Piroplasma canis and its life cycle in the tick - Number 29
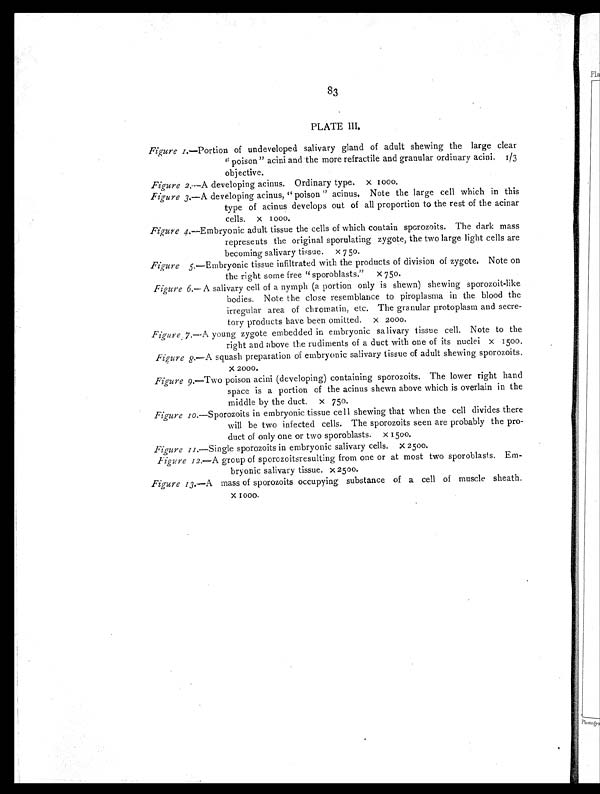
83
PLATE III.
Figure 1. —Portion of undeveloped salivary gland of adult shewing the large clear
" poison" acini and the more refractile and granular ordinary acini. ⅓
objective.
Figure 2.—A developing acinus. Ordinary type. × 1000.
Figure 3. —A developing acinus, " poison " acinus. Note the large cell which in this
type of acinus develops out of all proportion to the rest of the acinar
cells. × 1000.
Figure 4. —Embryonic adult tissue the cells of which contain sporozoits. The dark mass
represents the original sporulating zygote, the two large light cells are
becoming salivary ti s sue. × 750.
Figure 5. —Embryonic tissue infiltrated with the products of division of zygote. Note on
the right some free " sporoblasts." × 750.
Figure 6. —A salivary cell of a nymph (a portion only is shewn) shewing sporozoit-like
bodies. Note the close resemblance to piroplasma in the blood the
irregular area of chromatin, etc. The granular protoplasm and secre-
tory products have been omitted. × 2000.
Figure 7. —A young zygote embedded in embryonic salivary tissue cell. Note to the
right and above the rudiments of a duct with one of its nuclei × 1500.
Figure 8.—A squash preparation of embryonic salivary tissue of adult shewing sporozoits.
× 2 0 0 0 .
Figure 9 .—Two poison acini (developing) containing sporozoits. The lower right hand
space is a portion of the acinus shewn above which is overlain in the
middle by the duct. × 750.
Figure 10. —Sporozoits in embryonic tissue cell shewing that when the cell divides there
will be two infected cells. The sporozoits seen are probably the pro-
duct of only one or two sporoblasts. × 1500.
Figure 11.—Single sporozoits in embryonic salivary cells. × 2500.
Figure 12.—A group of sporozoitsresulting from one or at most two sporoblasts. Em-
bryonic salivary tissue. × 2500.
Figure 13.—A mass of sporozoits occupying substance of a cell of muscle sheath.
× 1000.